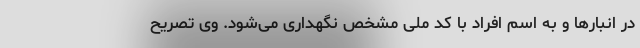
در انبارها و به اسم افراد با کد ملی مشخص نگهداری می‌شود. وی تصریح